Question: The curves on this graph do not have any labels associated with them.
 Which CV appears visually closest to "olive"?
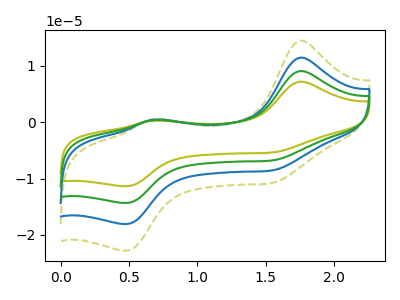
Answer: <think>The olive curve "olive" has anodic peaks at (1.75V, 34.45uA) (0.70V, 1.40uA) and cathodic peaks at (1.55V, -25.50uA) (0.45V, -54.25uA). The olive dashed curve "olive dashed" has anodic peaks at (1.75V, 14.50uA) (0.70V, 0.60uA) and cathodic peaks at (1.55V, -10.70uA) (0.45V, -22.80uA). The blue curve "blue" has anodic peaks at (1.75V, 11.50uA) (0.70V, 0.45uA) and cathodic peaks at (1.55V, -8.50uA) (0.45V, -18.10uA). The green curve "green" has anodic peaks at (1.75V, 23.00uA) (0.70V, 0.95uA) and cathodic peaks at (1.55V, -17.00uA) (0.45V, -36.20uA).
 All the peaks in "olive" have a peak in "olive dashed" at the same potential. Every peak in "olive" is higher than every peak in "olive dashed". All the peaks in "olive" have a peak in "blue" at the same potential. Every peak in "olive" is higher than every peak in "blue". All the peaks in "olive" have a peak in "green" at the same potential. Every peak in "olive" is higher than every peak in "green". All the peaks in "olive dashed" have a peak in "blue" at the same potential. Every peak in "olive dashed" is higher than every peak in "blue". All the peaks in "olive dashed" have a peak in "green" at the same potential. Every peak in "olive dashed" is lower than every peak in "green". All the peaks in "blue" have a peak in "green" at the same potential. Every peak in "blue" is lower than every peak in "green".</think>
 <answer>"olive", "blue" and "green" have a similar shape to "olive dashed".</answer>
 <eval>"olive" "blue" "green"</eval>